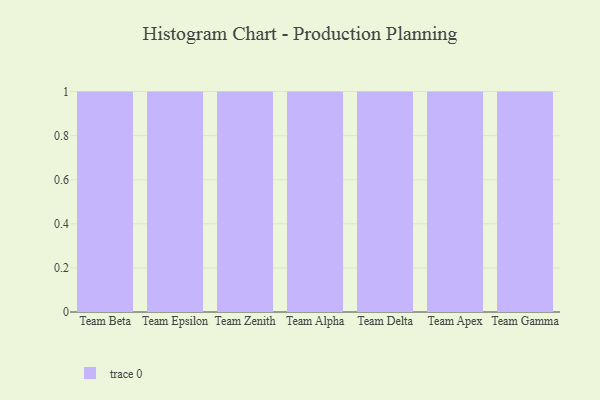
{"axis": {"x": "Team", "y": "Inventory Turnover"}, "legend": [""], "data": [{"x": "Team Beta", "y": 49, "type": ""}, {"x": "Team Epsilon", "y": 63, "type": ""}, {"x": "Team Zenith", "y": 87, "type": ""}, {"x": "Team Alpha", "y": 10, "type": ""}, {"x": "Team Delta", "y": 3, "type": ""}, {"x": "Team Apex", "y": 28, "type": ""}, {"x": "Team Gamma", "y": 70, "type": ""}]}